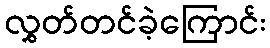
လွှတ်တင်ခဲ့ကြောင်း